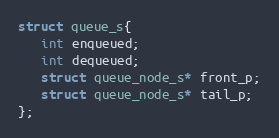
Language: C
struct queue_s{
   int enqueued;
   int dequeued;
   struct queue_node_s* front_p;
   struct queue_node_s* tail_p;
};